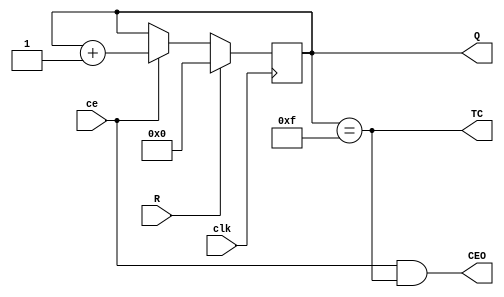
`define m 4
module VCB4RE (input ce, output reg [`m-1:0] Q = 0,
	input clk, output wire TC,
	input R, output wire CEO);
assign TC = (Q==15) ; //Q0 & Q1 &...& Q'm-1 ==1
assign CEO = ce & TC ; // 
always @ (posedge clk) begin
	Q <= R? 0 : ce? Q+1 : Q ; /*  R=1,    0,   ce=1,  "",  ""*/
end
endmodule